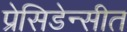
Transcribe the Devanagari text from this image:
प्रेसिडेन्सीत